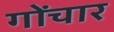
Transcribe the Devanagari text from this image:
गोंचार